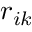
{ r } _ { i k }